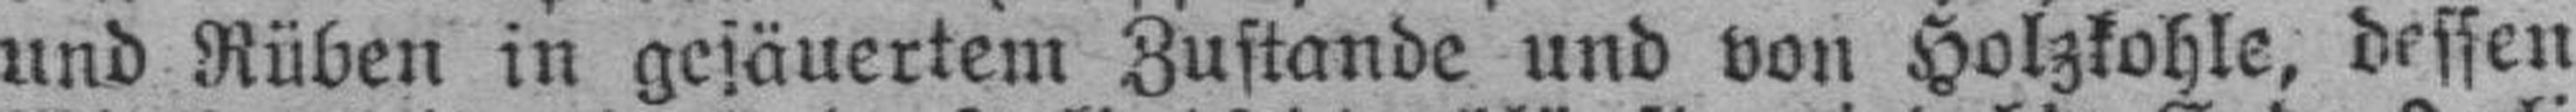
und Rüben in gesäuertem Zustande und von Holzkohle, dessen